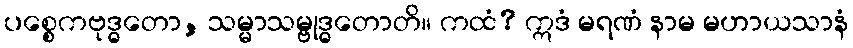
ပစ္စေကဗုဒ္ဓတော, သမ္မာသမ္ဗုဒ္ဓတောတိ။ ကထံ? ဣဒံ မရဏံ နာမ မဟာယသာနံ